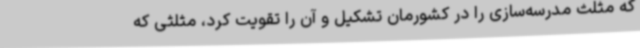
که مثلث مدرسه‌سازی را در کشورمان تشکیل و آن را تقویت کرد، مثلثی که